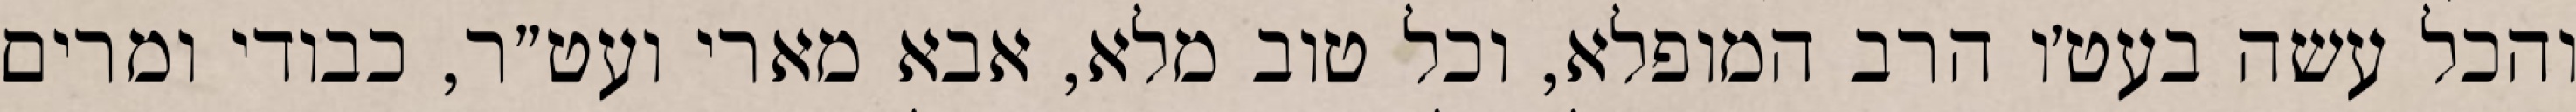
והכל עשה בעט׳ו הרב המופלא, וכל טוב מלא, אבא מארי ועט״ר, כבודי ומרים